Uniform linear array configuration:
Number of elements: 4
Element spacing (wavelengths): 0.5
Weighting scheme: kaiser
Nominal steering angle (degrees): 15
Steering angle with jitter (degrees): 13.025
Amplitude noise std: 0.05
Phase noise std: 0.05

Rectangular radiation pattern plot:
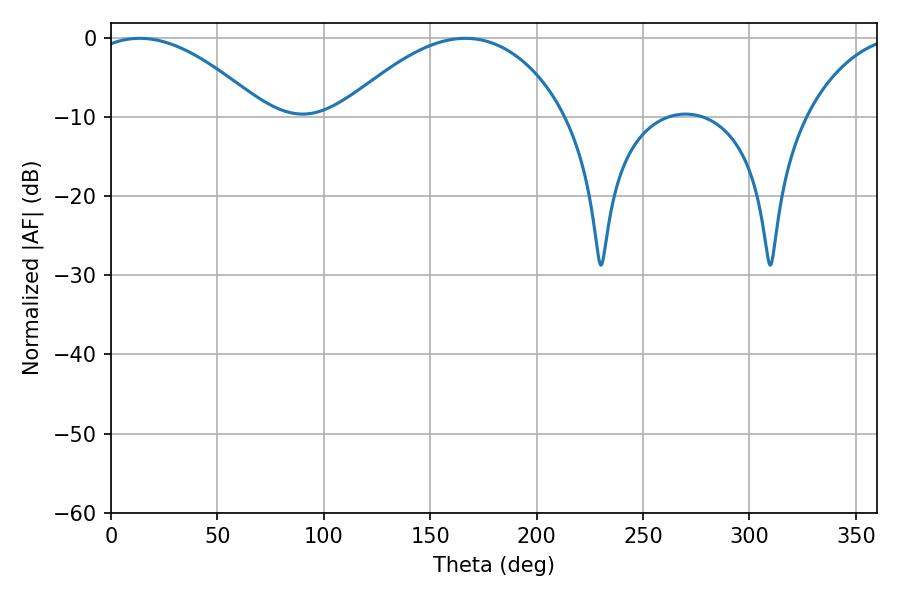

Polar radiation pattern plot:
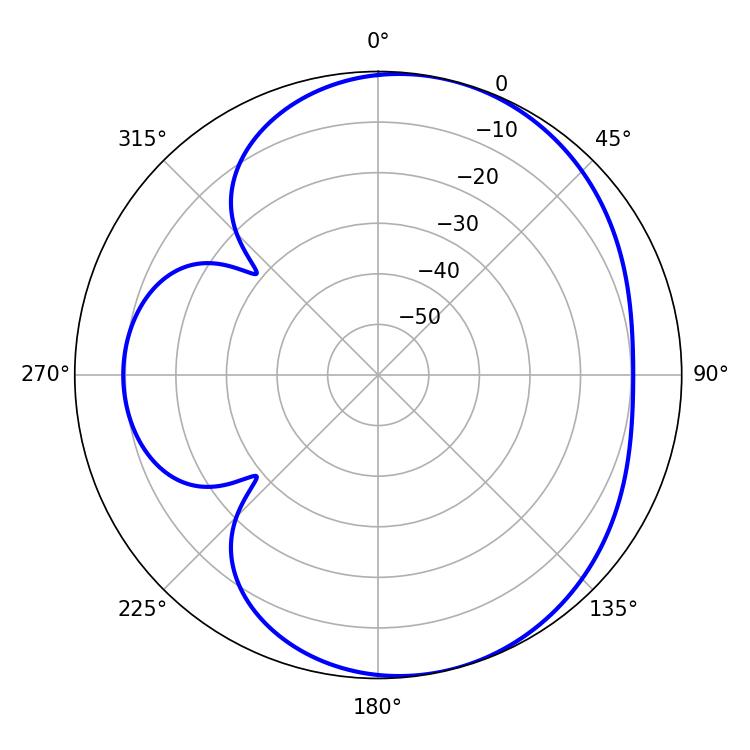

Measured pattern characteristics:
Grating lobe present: FALSE
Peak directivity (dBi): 5.467
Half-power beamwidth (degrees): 44.82
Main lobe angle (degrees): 13.5